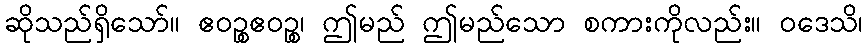
ဆိုသည်ရှိသော်။ ဧဝဉ္စဧဝဉ္စ၊ ဤမည် ဤမည်သော စကားကိုလည်း။ ဝဒေသိ၊